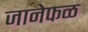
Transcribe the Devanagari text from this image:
जानेफळ